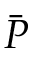
\bar { P }